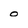
Character: o